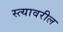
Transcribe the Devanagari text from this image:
स्त्यावरील